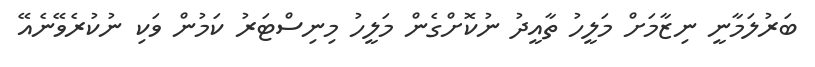
ބަރުލަމާނީ ނިޒާމަށް މަލީހު ތާއީދު ނުކޮށްގެން މަލީހު މިނިސްޓަރު ކަމުން ވަކި ނުކުރެވޭނެއޭ